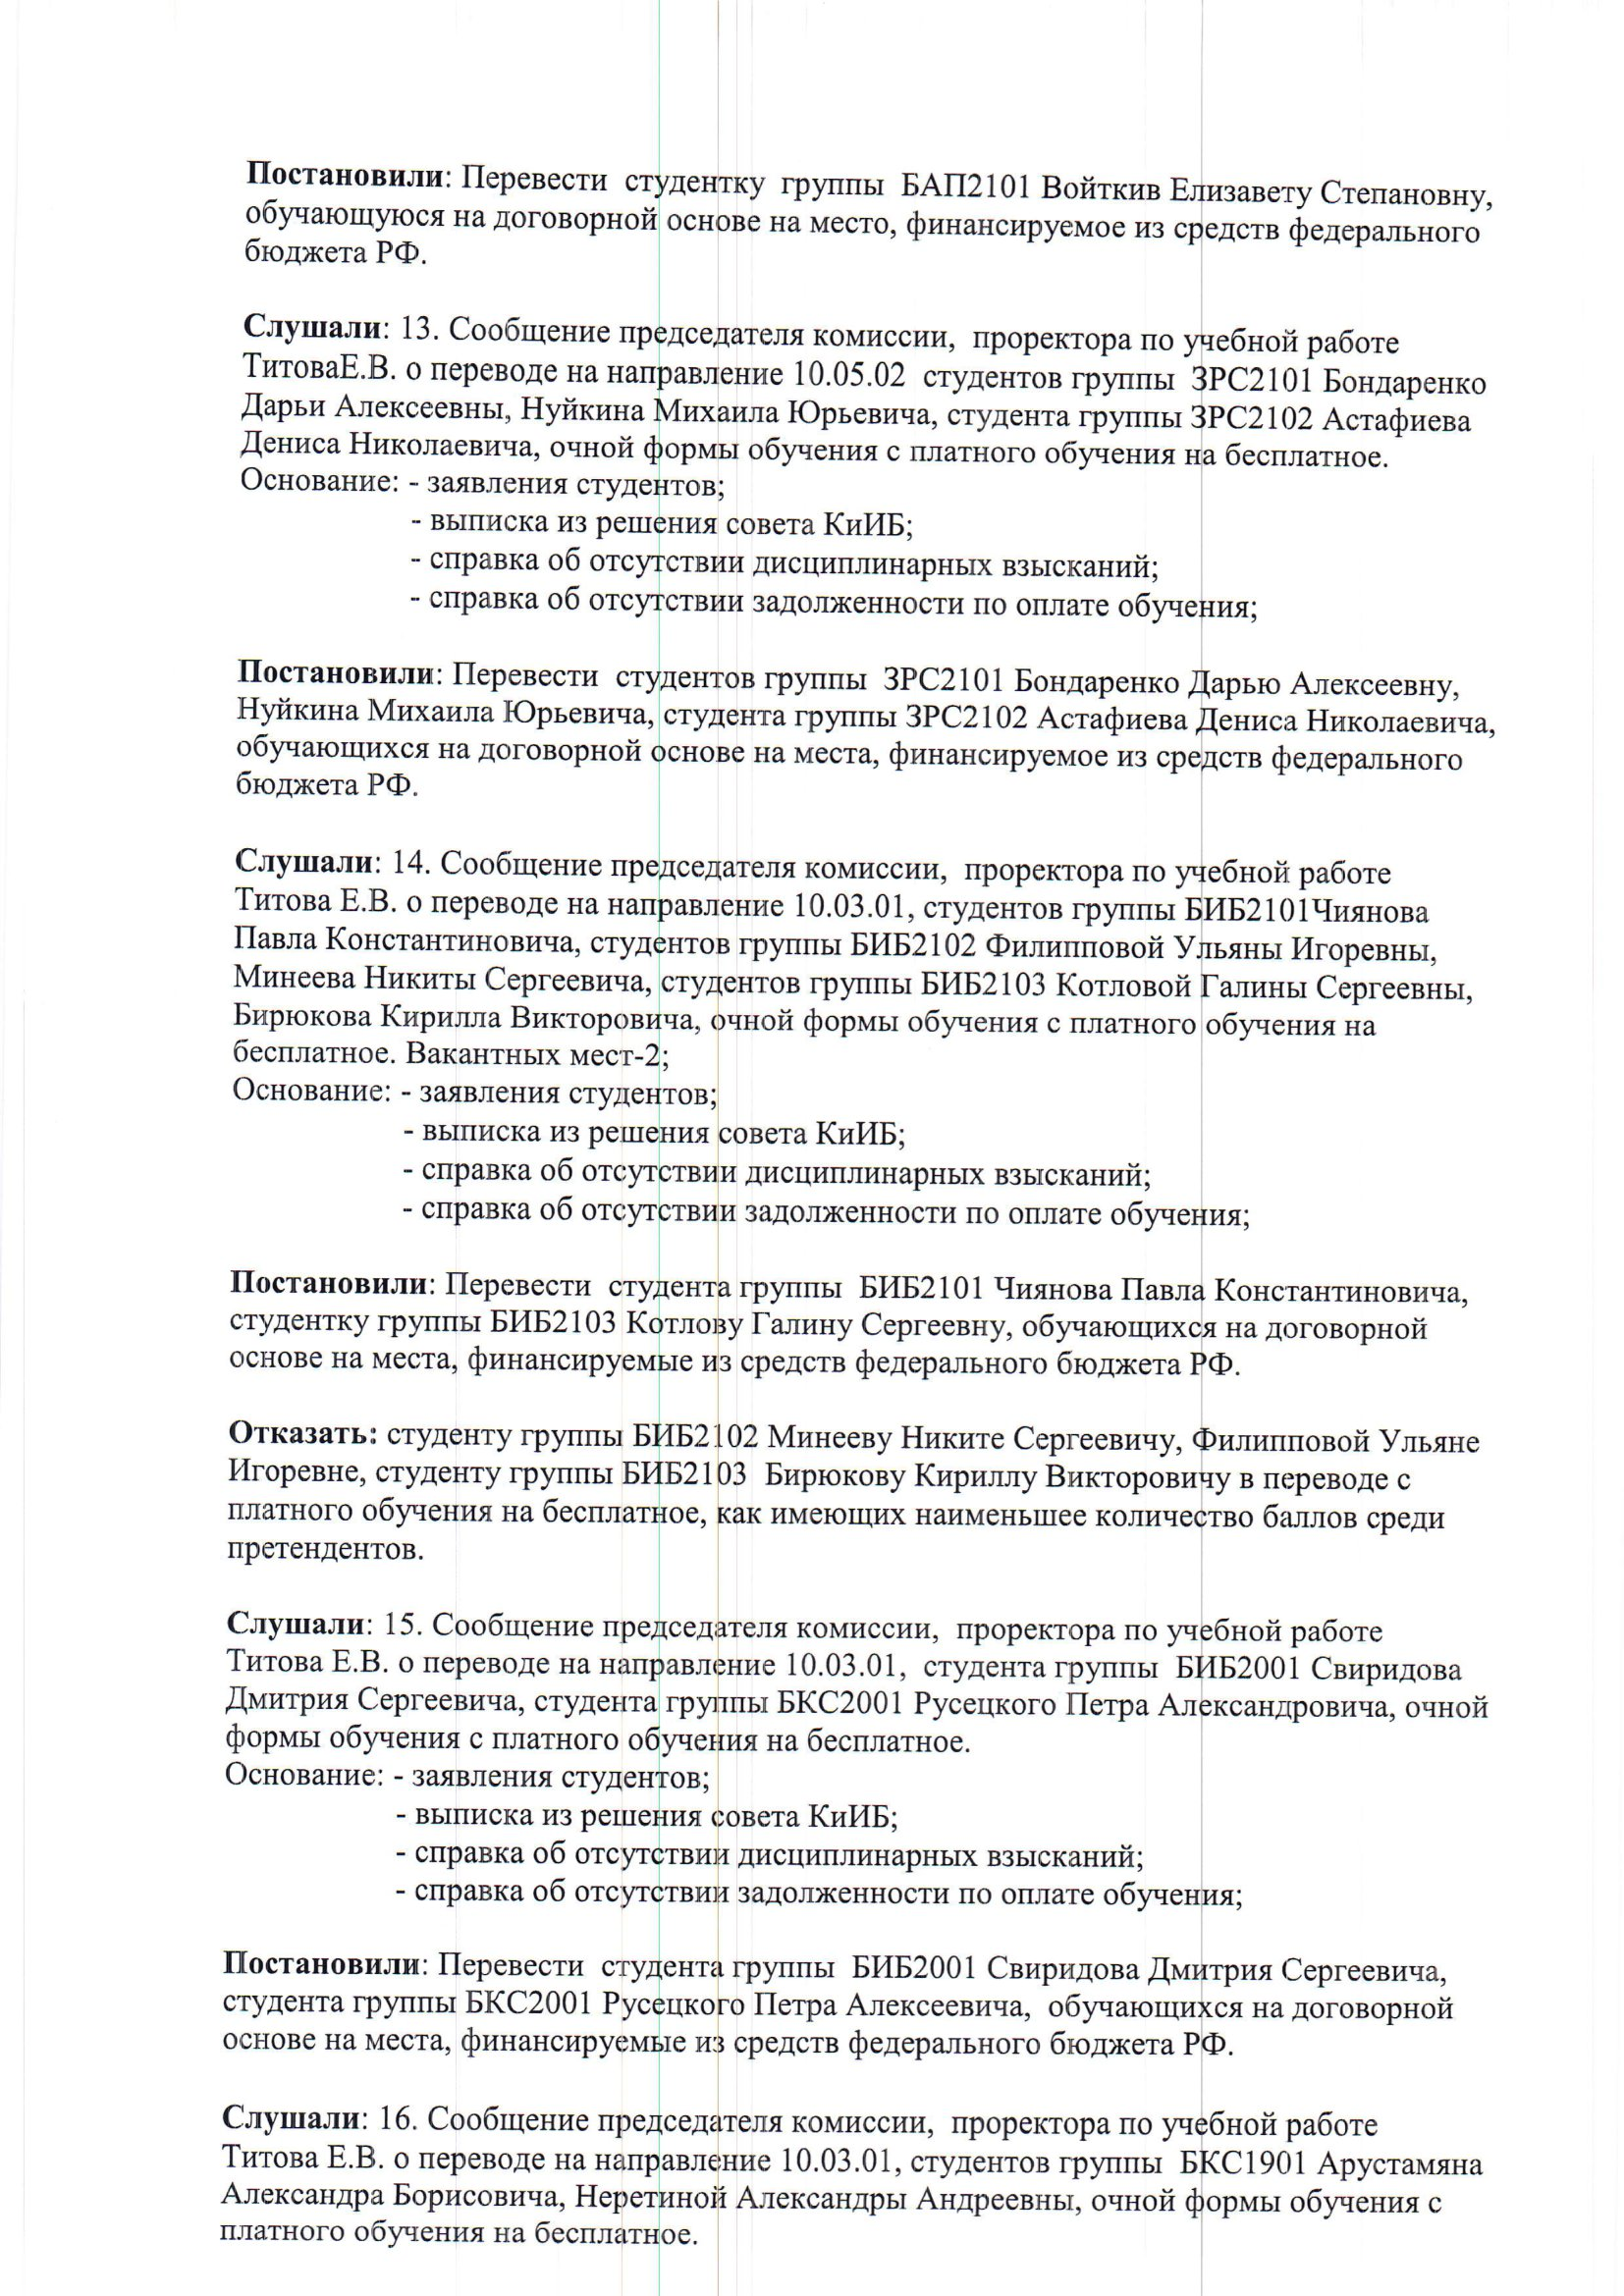
Language: ru